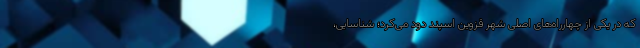
که در یکی از چهارراه‌های اصلی شهر قزوین اسپند دود می‌کرد؛ شناسایی،